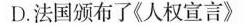
D.法国颁布了《人权宣言》